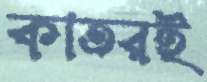
কাতরই